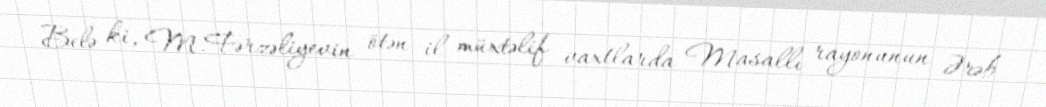
Belə ki, M.Fərzəliyevin ötən il müxtəlif vaxtlarda Masallı rayonunun Ərəb